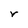
Character: r